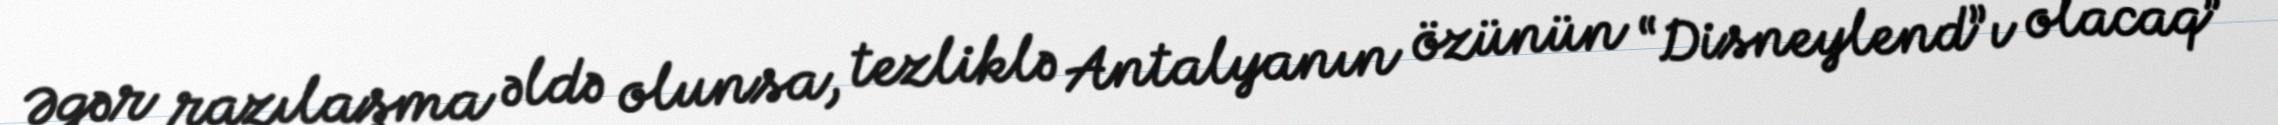
Əgər razılaşma əldə olunsa, tezliklə Antalyanın özünün “Disneylend”ı olacaq” -